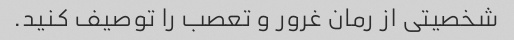
شخصیتی از رمان غرور و تعصب را توصیف کنید.